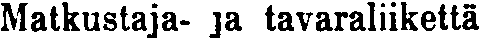
Matkustaja- ja tavaraliikettä